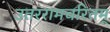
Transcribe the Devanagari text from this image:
उतररामचरितम्‌